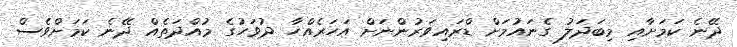
ދޭނެ ކަމަށާއި މިބަދަލު ގެނައުމަށް ޑްރައިވަރުންނަށް އަހަރެއްހާ ދުވަހުގެ މުއްދަތެއް ދޭނެ ކަމަށްވެސް